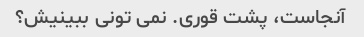
آنجاست، پشت قوری. نمی تونی ببینیش؟